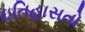
ઇતિહાસતો